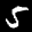
Digit: 5